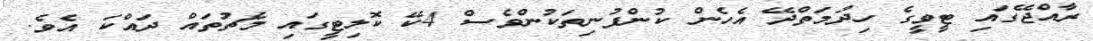
ރާއްޖޭގައި ޓީވީގެ ހިދުމަތްދޭ އެހެން ކުންފުނިތަކުންވެސް 4ކޭ ކޮލިޓީގައި މެޗުތައް ދައްކަ އެވެ.